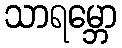
သာရမ္ဘော